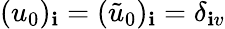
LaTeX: (u_{0})_{\mathbf{i}}=(\tilde{{u}}_{0})_{\mathbf{i}}=\delta_{\mathbf{i}v}